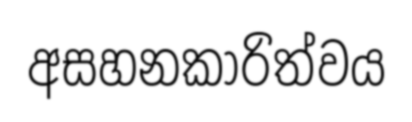
අසහනකාරිත්වය